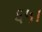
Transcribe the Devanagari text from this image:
६५।